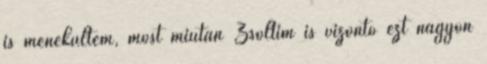
is menekültem, most miután Zsoltim is vízöntő ezt nagyon